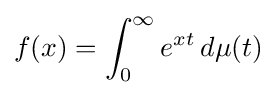
f(x)=\int _{0}^{\infty }e^{xt}\,d\mu (t)